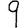
Digit: 9